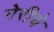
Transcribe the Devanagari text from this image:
नेरीचे